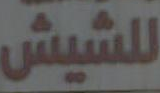
للشيش